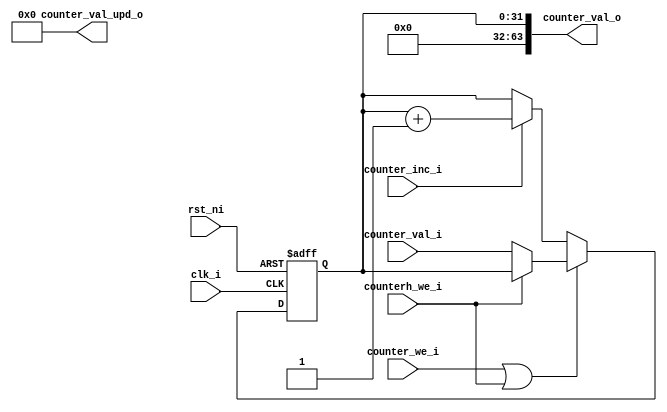
module ibex_counter (
	clk_i,
	rst_ni,
	counter_inc_i,
	counterh_we_i,
	counter_we_i,
	counter_val_i,
	counter_val_o,
	counter_val_upd_o
);
	parameter signed [31:0] CounterWidth = 32;
	parameter [0:0] ProvideValUpd = 0;
	input wire clk_i;
	input wire rst_ni;
	input wire counter_inc_i;
	input wire counterh_we_i;
	input wire counter_we_i;
	input wire [31:0] counter_val_i;
	output wire [63:0] counter_val_o;
	output wire [63:0] counter_val_upd_o;
	wire [63:0] counter;
	wire [CounterWidth - 1:0] counter_upd;
	reg [63:0] counter_load;
	reg we;
	reg [CounterWidth - 1:0] counter_d;
	assign counter_upd = counter[CounterWidth - 1:0] + {{CounterWidth - 1 {1'b0}}, 1'b1};
	always @(*) begin
		we = counter_we_i | counterh_we_i;
		counter_load[63:32] = counter[63:32];
		counter_load[31:0] = counter_val_i;
		if (counterh_we_i) begin
			counter_load[63:32] = counter_val_i;
			counter_load[31:0] = counter[31:0];
		end
		if (we)
			counter_d = counter_load[CounterWidth - 1:0];
		else if (counter_inc_i)
			counter_d = counter_upd[CounterWidth - 1:0];
		else
			counter_d = counter[CounterWidth - 1:0];
	end
	reg [CounterWidth - 1:0] counter_q;
	always @(posedge clk_i or negedge rst_ni)
		if (!rst_ni)
			counter_q <= 1'sb0;
		else
			counter_q <= counter_d;
	generate
		if (CounterWidth < 64) begin : g_counter_narrow
			wire [63:CounterWidth] unused_counter_load;
			assign counter[CounterWidth - 1:0] = counter_q;
			assign counter[63:CounterWidth] = 1'sb0;
			if (ProvideValUpd) begin : g_counter_val_upd_o
				assign counter_val_upd_o[CounterWidth - 1:0] = counter_upd;
			end
			else begin : g_no_counter_val_upd_o
				assign counter_val_upd_o[CounterWidth - 1:0] = 1'sb0;
			end
			assign counter_val_upd_o[63:CounterWidth] = 1'sb0;
			assign unused_counter_load = counter_load[63:CounterWidth];
		end
		else begin : g_counter_full
			assign counter = counter_q;
			if (ProvideValUpd) begin : g_counter_val_upd_o
				assign counter_val_upd_o = counter_upd;
			end
			else begin : g_no_counter_val_upd_o
				assign counter_val_upd_o = 1'sb0;
			end
		end
	endgenerate
	assign counter_val_o = counter;
endmodule